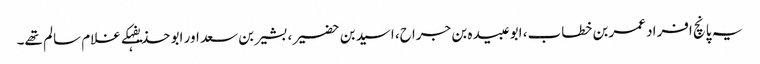
یہ پانچ افراد عمربن خطاب، ابوعبیدہ بن جراح، اسیدبن حضیر، بشیربن سعد اور ابو حذیفہکے غلام سالم تھے۔